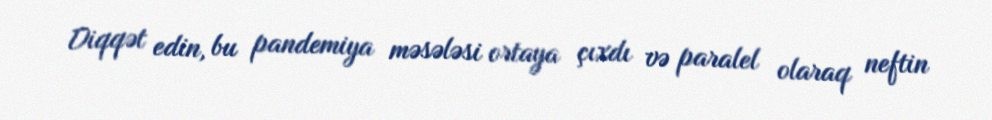
Diqqət edin, bu pandemiya məsələsi ortaya çıxdı və paralel olaraq neftin